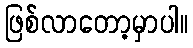
ဖြစ်လာတော့မှာပါ။